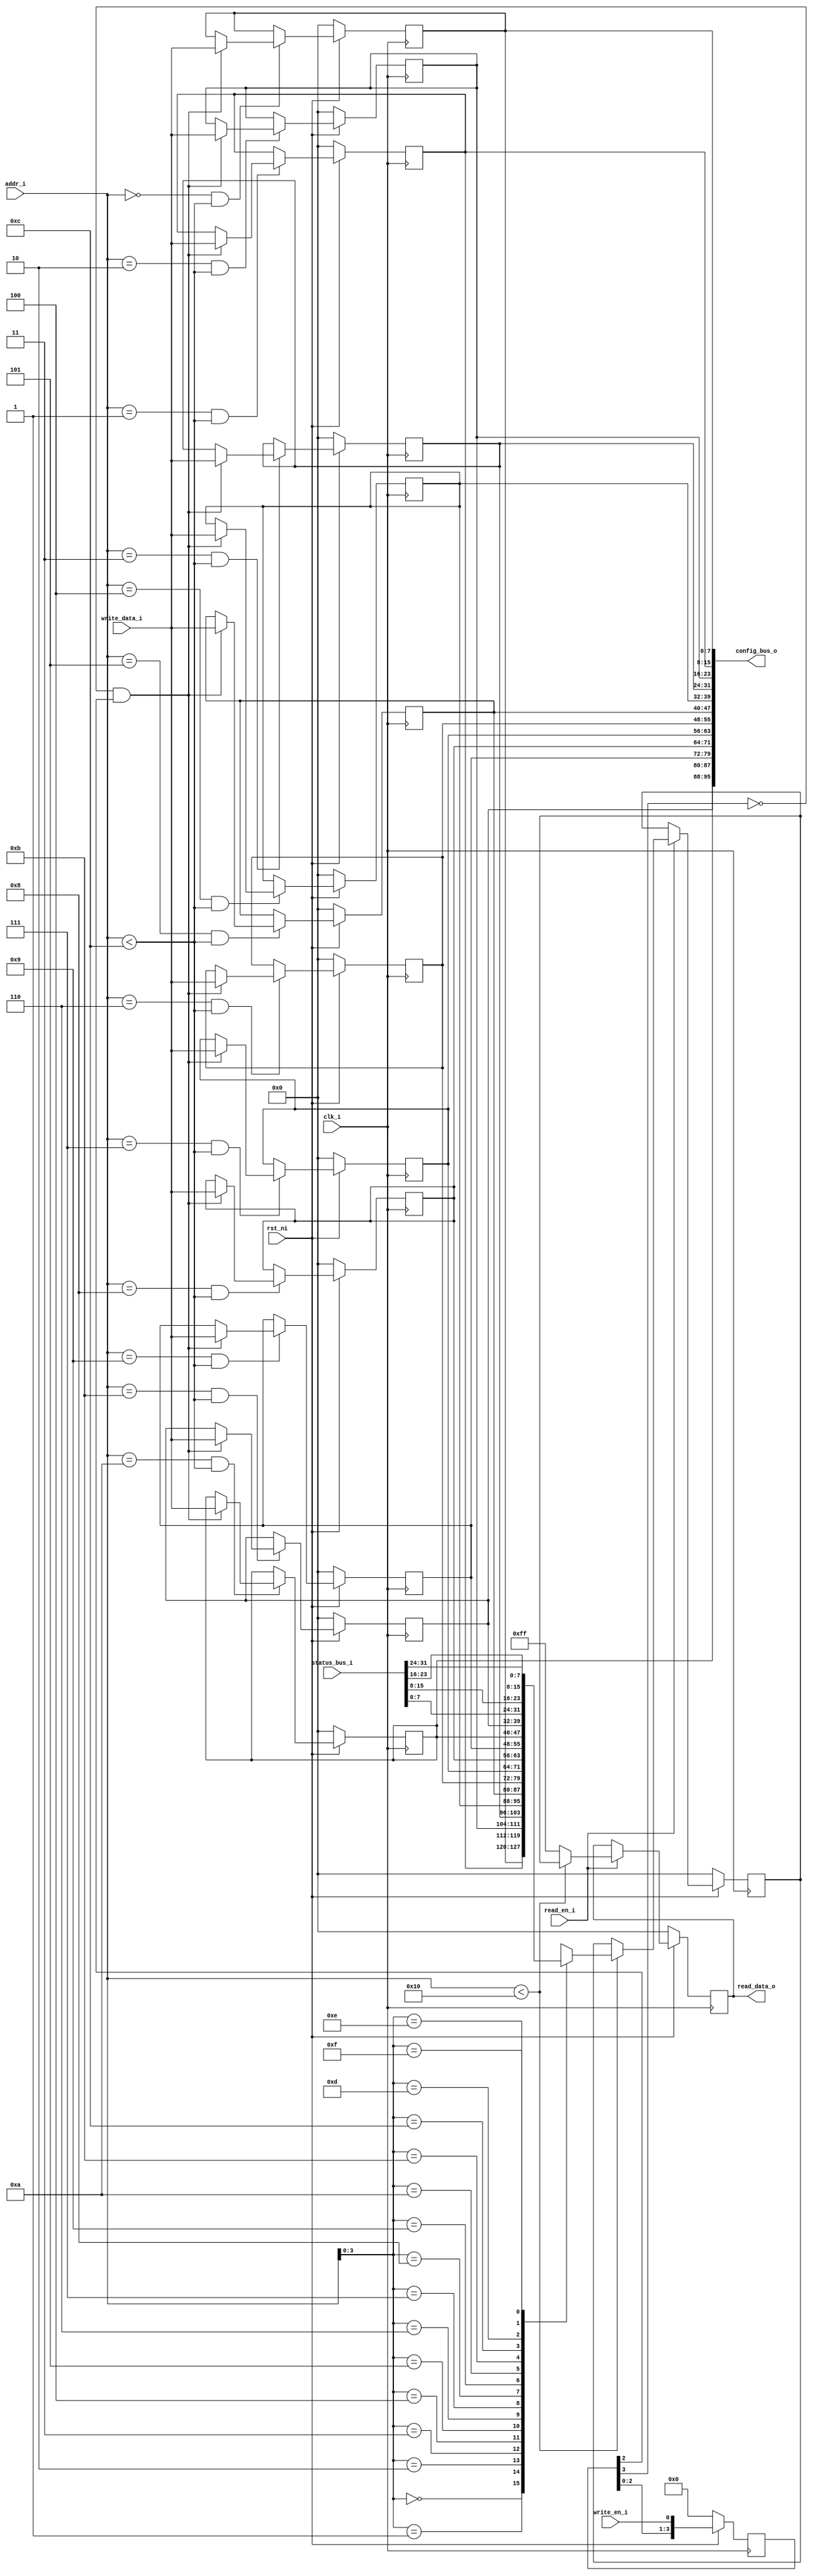
// This program was cloned from: https://github.com/pyamnihc/tt06_um_ks_pyamnihc
// License: Apache License 2.0

module register_map #(
    parameter ADDR_WIDTH = 7,
    parameter DATA_WIDTH = 8,
    parameter NUM_CONFIG_REG = 12,
    parameter NUM_STATUS_REG = 4
) (
    input clk_i,
    input rst_ni,
    input [ADDR_WIDTH-1:0] addr_i,
    input [DATA_WIDTH-1:0] write_data_i,
    input write_en_i,
    output [DATA_WIDTH-1:0] read_data_o,
    input read_en_i,
    output [DATA_WIDTH*NUM_CONFIG_REG-1:0] config_bus_o,
    input [DATA_WIDTH*NUM_STATUS_REG-1:0] status_bus_i
);

    // packed to unpacked conversion
    reg [DATA_WIDTH-1:0] register_map_mem [NUM_CONFIG_REG-1:0];
    genvar i;
    generate 
        for (i = 0; i < NUM_CONFIG_REG; i = i + 1) begin
            assign config_bus_o[DATA_WIDTH*(i+1)-1: DATA_WIDTH*i] = register_map_mem[i];
        end
    endgenerate

    wire [DATA_WIDTH*(NUM_CONFIG_REG+NUM_STATUS_REG)-1:0] csr_read_bus;
    assign csr_read_bus = {status_bus_i, config_bus_o};
    
    wire [DATA_WIDTH-1:0] csr_read_arr [NUM_CONFIG_REG+NUM_STATUS_REG-1:0];
    generate
        for (i = 0; i < (NUM_CONFIG_REG + NUM_STATUS_REG); i = i + 1) begin
            assign csr_read_arr[i] = csr_read_bus[DATA_WIDTH*(i+1)-1:DATA_WIDTH*i];
        end
    endgenerate
    
    // synchronize to clk_i domain
    // write_data should be stable when write_en is asserted
    reg [3:0] write_en_shift_reg;
    always @(posedge clk_i) begin
        if (!rst_ni) begin
            write_en_shift_reg <= 'b0;
        end else begin
            write_en_shift_reg <= {write_en_shift_reg[2:0], write_en_i};
        end
    end

    wire write_en_rise_pulse;
    assign write_en_rise_pulse = !write_en_shift_reg[3] && write_en_shift_reg[2];
    
    reg [DATA_WIDTH-1:0] read_data_1, read_data_2;
    always @(posedge clk_i) begin
        if (!rst_ni) begin
            read_data_1 <= 'b0;
            read_data_2 <= 'b0;
        end else if (read_en_i == 1) begin
            if (addr_i < (NUM_CONFIG_REG + NUM_STATUS_REG)) begin
                read_data_1 <= csr_read_arr[addr_i];
                read_data_2 <= read_data_1;
            end
            else begin
                read_data_2 <= 8'hff;
            end
        end
    end
    assign read_data_o = read_data_2; 

    // attempt to non-zero init. can't make it work with skywater-pdk
    always @(posedge clk_i) begin
        if (!rst_ni) begin
            register_map_mem[0] <= 'b0;
        end else if ((addr_i == 0) && (addr_i < NUM_CONFIG_REG)) begin
            if (write_en_rise_pulse == 1) register_map_mem[0] <= write_data_i;
        end
    end
    
    generate 
        for (i = 1; i < NUM_CONFIG_REG; i = i + 1) begin
            always @(posedge clk_i) begin
                if (!rst_ni) begin
                    register_map_mem[i] <= 'b0;
                end else if ((addr_i == i) && (addr_i < NUM_CONFIG_REG)) begin
                    if (write_en_rise_pulse == 1) register_map_mem[i] <= write_data_i;
                end
            end
        end
    endgenerate

endmodule